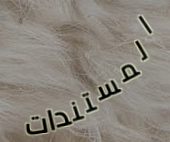
المستندات